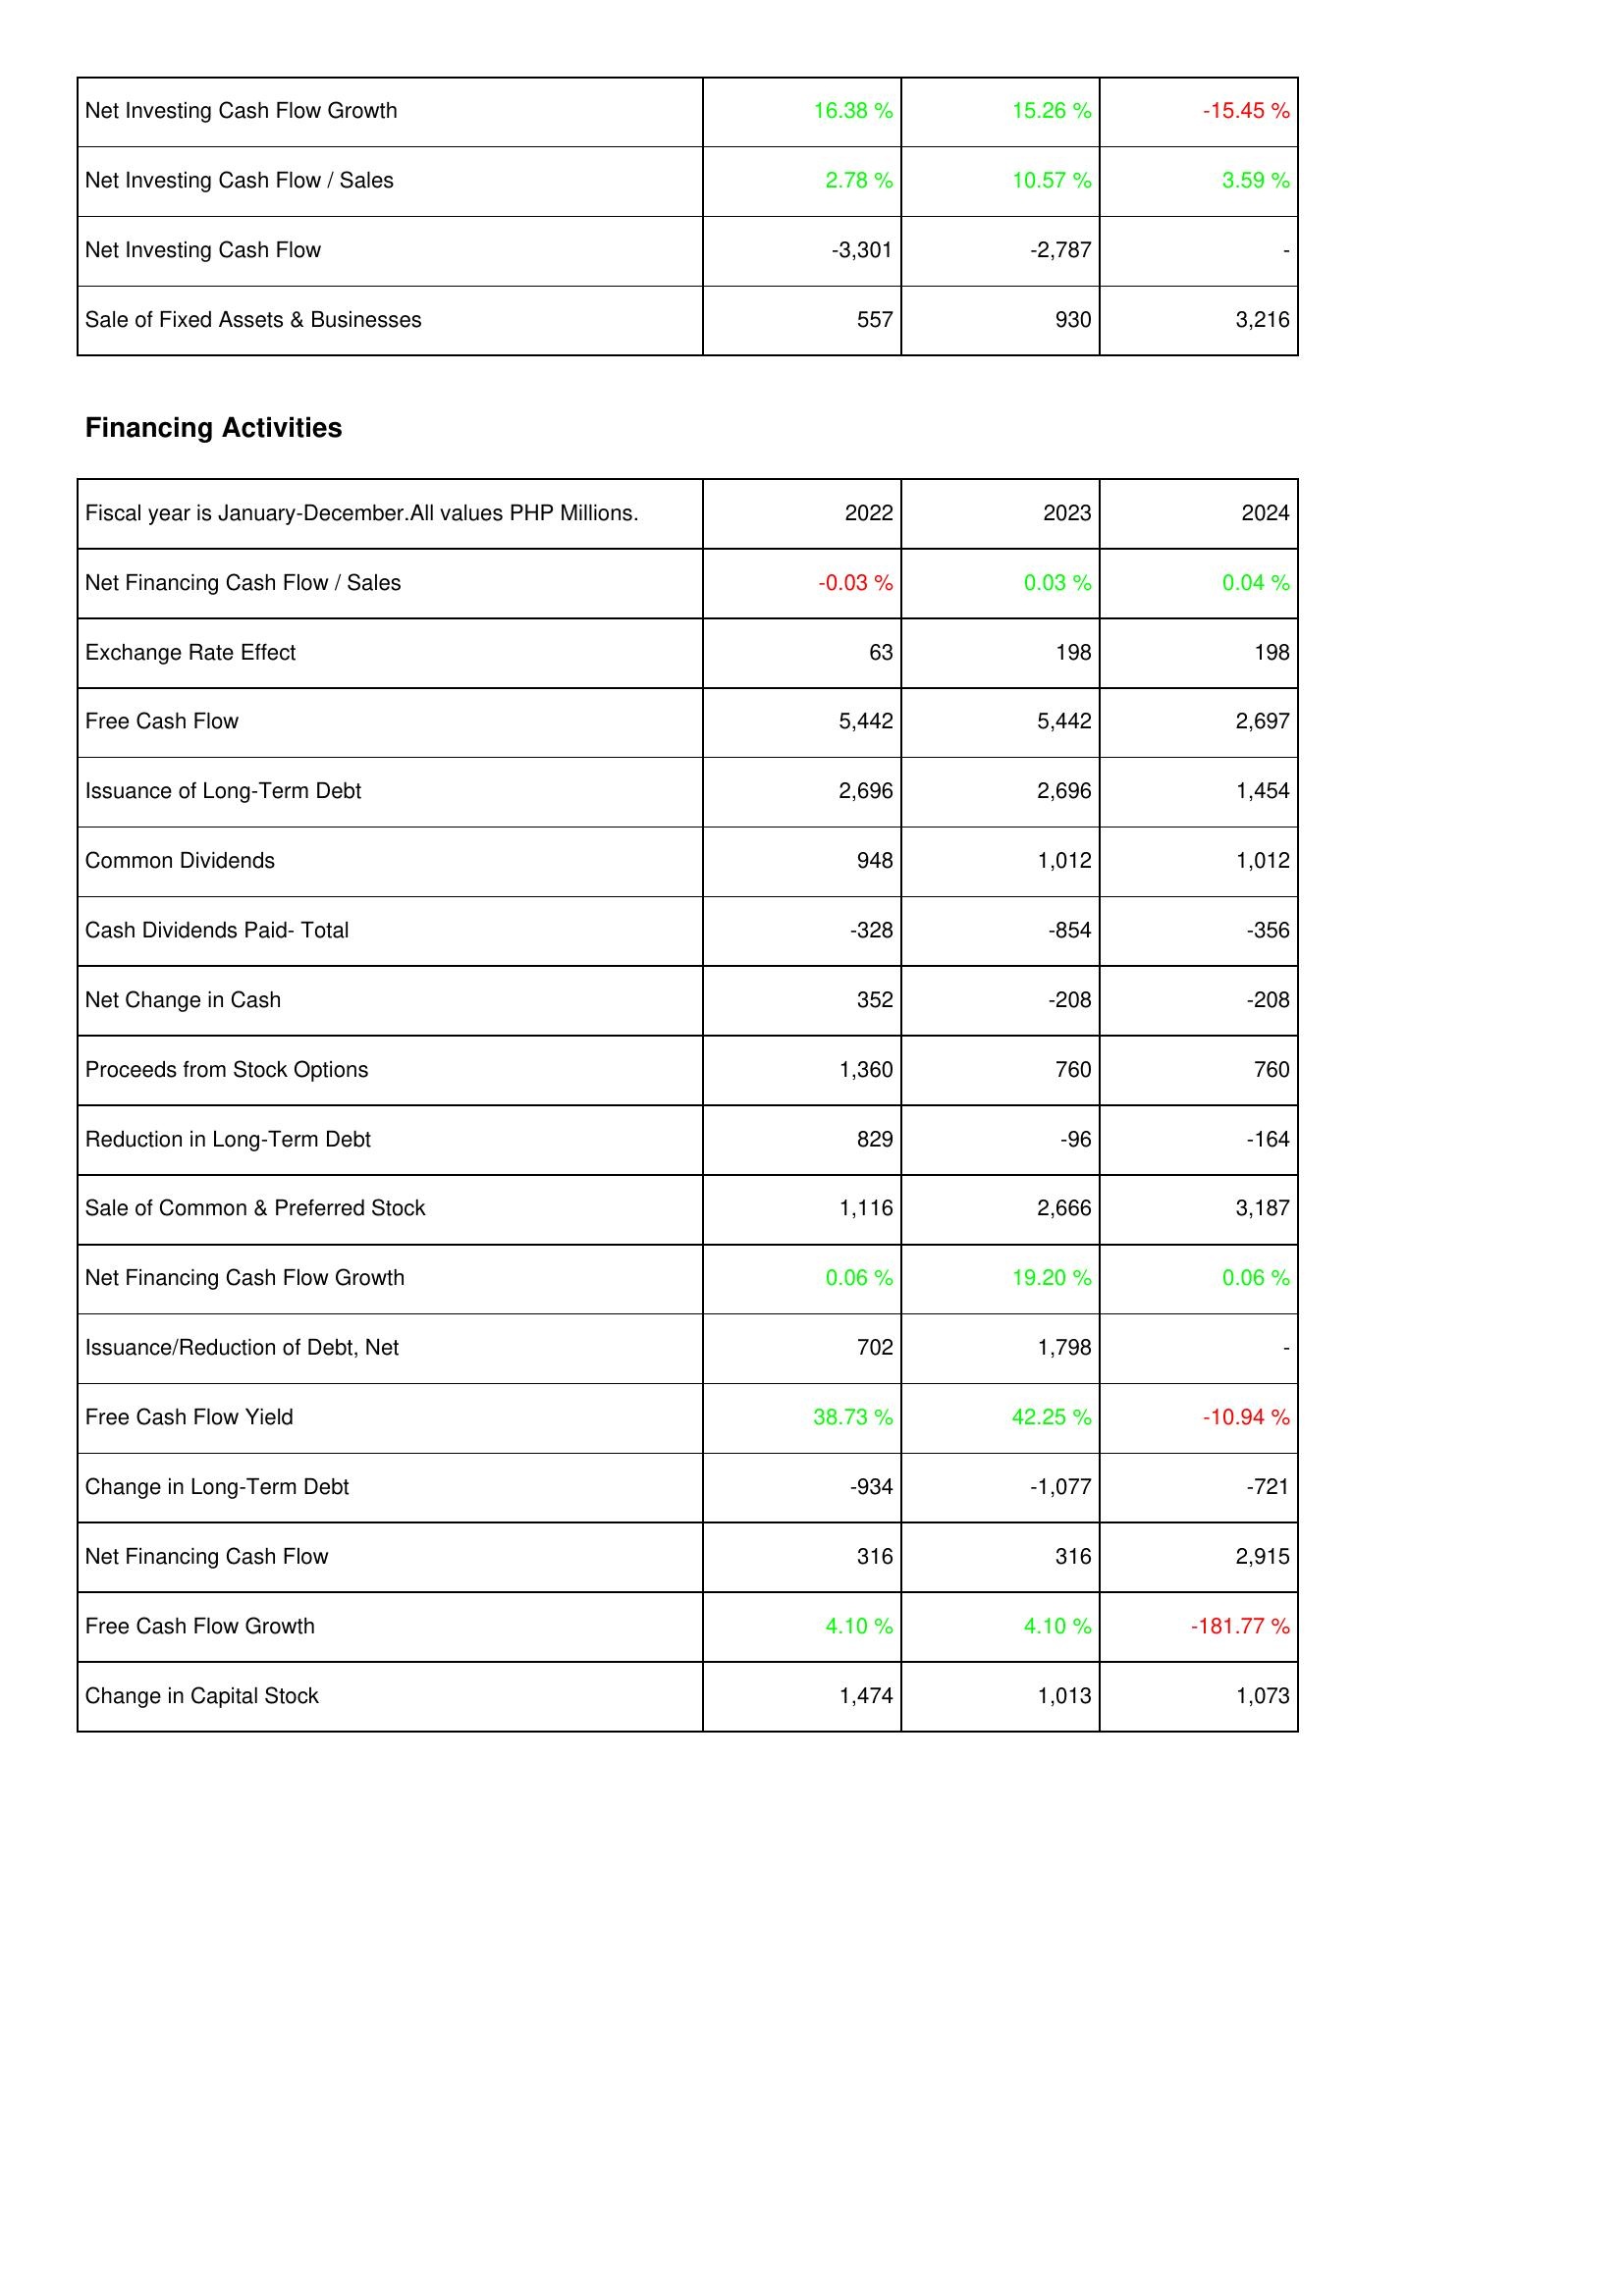
2022: Investing Activities: Net Investing Cash Flow Growth: 16.38 %
Net Investing Cash Flow / Sales: 2.78 %
Net Investing Cash Flow: -3,301
Sale of Fixed Assets & Businesses: 557
Financing Activities: Net Financing Cash Flow / Sales: -0.03 %
Exchange Rate Effect: 63
Free Cash Flow: 5,442
Issuance of Long-Term Debt: 2,696
Common Dividends: 948
Cash Dividends Paid- Total: -328
Net Change in Cash: 352
Proceeds from Stock Options: 1,360
Reduction in Long-Term Debt: 829
Sale of Common & Preferred Stock: 1,116
Net Financing Cash Flow Growth: 0.06 %
Issuance/Reduction of Debt, Net: 702
Free Cash Flow Yield: 38.73 %
Change in Long-Term Debt: -934
Net Financing Cash Flow: 316
Free Cash Flow Growth: 4.10 %
Change in Capital Stock: 1,474
2023: Investing Activities: Net Investing Cash Flow Growth: 15.26 %
Net Investing Cash Flow / Sales: 10.57 %
Net Investing Cash Flow: -2,787
Sale of Fixed Assets & Businesses: 930
Financing Activities: Net Financing Cash Flow / Sales: 0.03 %
Exchange Rate Effect: 198
Free Cash Flow: 5,442
Issuance of Long-Term Debt: 2,696
Common Dividends: 1,012
Cash Dividends Paid- Total: -854
Net Change in Cash: -208
Proceeds from Stock Options: 760
Reduction in Long-Term Debt: -96
Sale of Common & Preferred Stock: 2,666
Net Financing Cash Flow Growth: 19.20 %
Issuance/Reduction of Debt, Net: 1,798
Free Cash Flow Yield: 42.25 %
Change in Long-Term Debt: -1,077
Net Financing Cash Flow: 316
Free Cash Flow Growth: 4.10 %
Change in Capital Stock: 1,013
2024: Investing Activities: Net Investing Cash Flow Growth: -15.45 %
Net Investing Cash Flow / Sales: 3.59 %
Net Investing Cash Flow: -
Sale of Fixed Assets & Businesses: 3,216
Financing Activities: Net Financing Cash Flow / Sales: 0.04 %
Exchange Rate Effect: 198
Free Cash Flow: 2,697
Issuance of Long-Term Debt: 1,454
Common Dividends: 1,012
Cash Dividends Paid- Total: -356
Net Change in Cash: -208
Proceeds from Stock Options: 760
Reduction in Long-Term Debt: -164
Sale of Common & Preferred Stock: 3,187
Net Financing Cash Flow Growth: 0.06 %
Issuance/Reduction of Debt, Net: -
Free Cash Flow Yield: -10.94 %
Change in Long-Term Debt: -721
Net Financing Cash Flow: 2,915
Free Cash Flow Growth: -181.77 %
Change in Capital Stock: 1,073